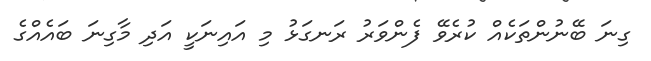
ގިނަ ބޭނުންތަކެއް ކުރެވޭ ފެންވަރު ރަނގަޅު މި އައިނަކީ އަދި މާގިނަ ބައެއްގެ